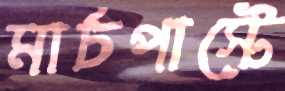
মার্চপাস্টে